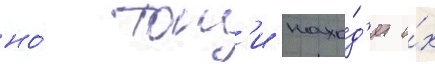
но́ тон'и нахо́д'ит и́х